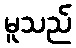
မူသည်